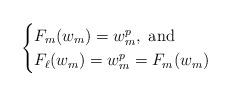
LaTeX: \begin{align*}\begin{cases}F_m(w_m)=w_m^p,\,\,\mbox{and}\\F_\ell(w_m)=w_m^p=F_m(w_m)\end{cases}\end{align*}